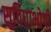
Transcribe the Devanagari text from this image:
सुविधाभोगी